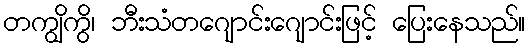
တကျွိကွိ၊ ဘီးသံတဂျောင်းဂျောင်းဖြင့် ပြေးနေသည်။